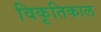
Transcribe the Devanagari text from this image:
विकृतिकाल